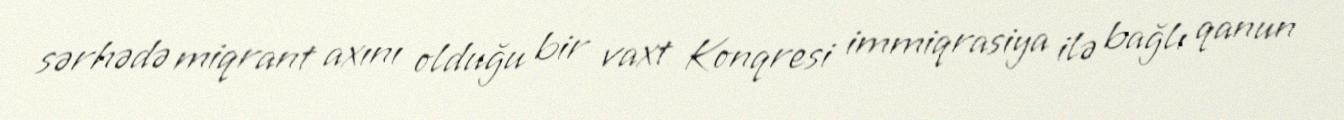
sərhədə miqrant axını olduğu bir vaxt Konqresi immiqrasiya ilə bağlı qanun